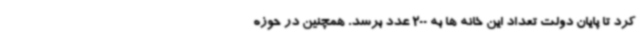
کرد تا پایان دولت تعداد این خانه ها به 200 عدد برسد. همچنین در حوزه